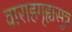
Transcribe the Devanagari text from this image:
वाराहगृह्यसूत्र